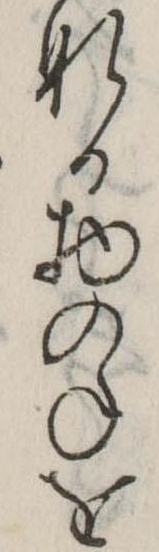
なる物のねを